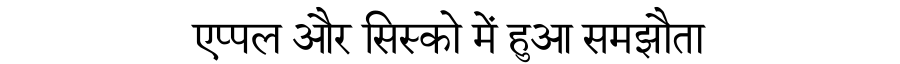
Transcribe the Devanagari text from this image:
एप्पल और सिस्को में हुआ समझौता